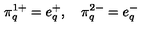
\pi _ { q } ^ { 1 + } = e _ { q } ^ { + } , \quad \pi _ { q } ^ { 2 - } = e _ { q } ^ { - }